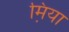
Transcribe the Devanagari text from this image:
म़िया